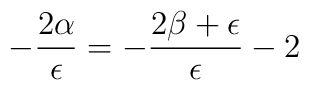
-\frac{2\alpha}{\epsilon }=-\frac{2\beta+\epsilon }{\epsilon }-2